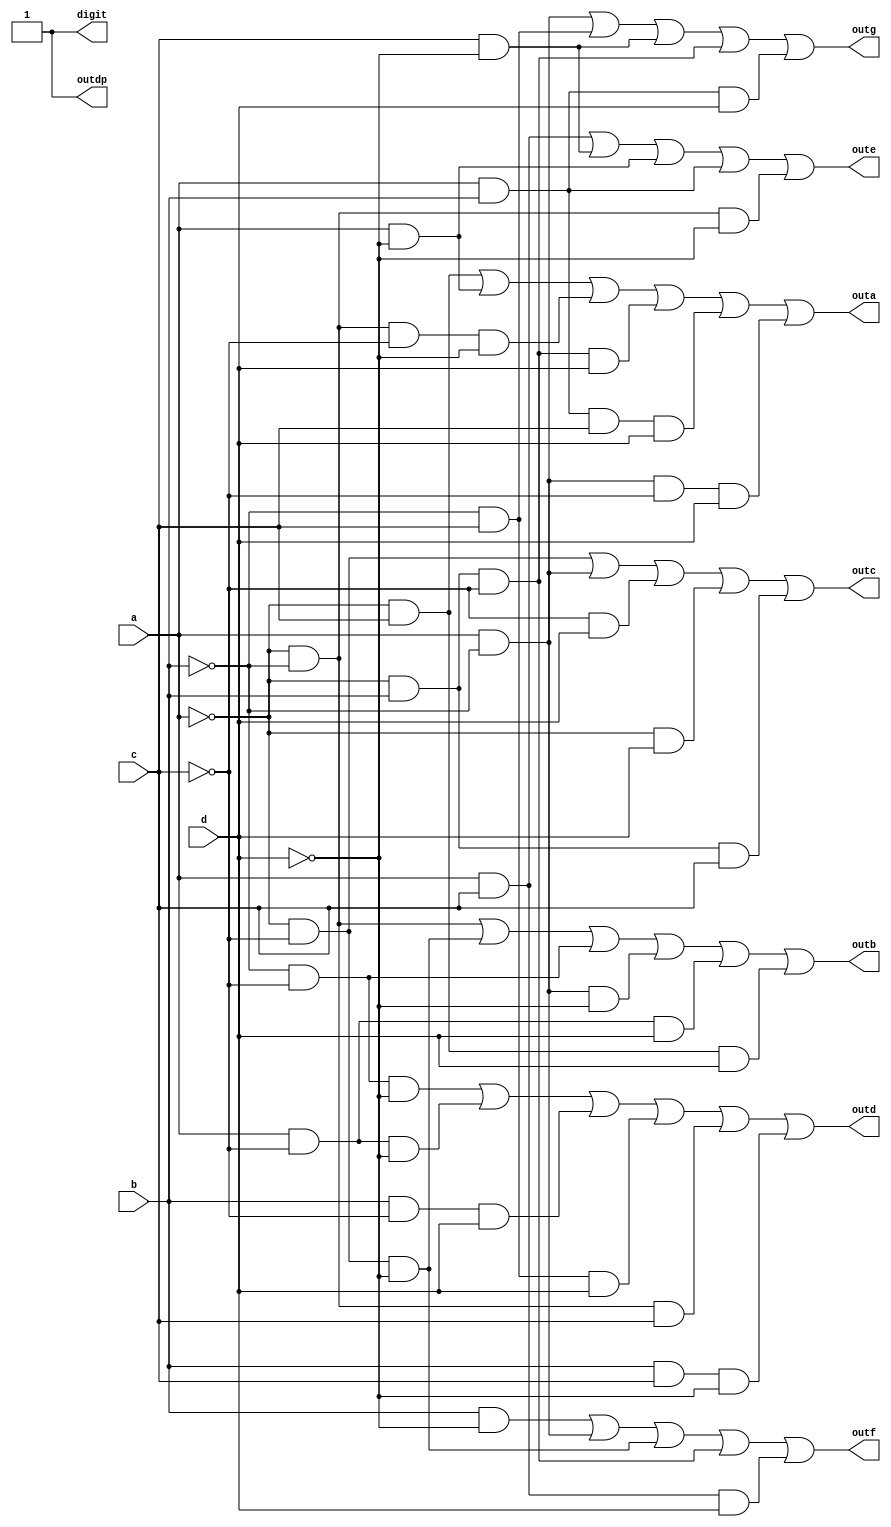
`timescale 1ns / 1ps

module seg7(
input a,b,c,d,
output outa, outb, outc, outd, oute, outf, outg, outdp, digit);
    
    assign outa = (~a&c)|(a&~d)|(~a&~b&~c&~d)|(~a&b&~c&d)|(a&b&c&d)|(a&~b&~c&d);
    assign outb = (~a&~b)|(~a&~c&~d)|(~b&~c)|(a&~b&~d)|(a&~c&d)|(~a&c&d);
    assign outc = (~a&~c)|(a&~b)|(~c&d)|(~a&d)|(~a&b&c);
    assign outd = (~b&~c&~d)|(a&~c&~d)|(b&~c&d)|(~b&c&d)|(~a&~b&c)|(b&c&~d);
    assign oute = (a&c)|(c&~d)|(a&~d)|(a&b)|(~a&~b&~d);
    assign outf = (b&~d)|(a&~b)|(~a&~c&~d)|(~a&b&~c)|(a&c&d);
    assign outg = (a&~b)|(~b&c)|(c&~d)|(~a&b&~c)|(a&b&d);
    assign outdp = 1;
    assign digit = outa|outb|outc|outd|oute|outf|outg|outdp;
    
    
endmodule